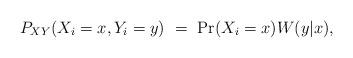
LaTeX: \begin{align*}P_{XY} (X_i = x , Y_i = y) \ = \ \mathrm{Pr}(X_i = x) W(y|x) ,\end{align*}